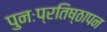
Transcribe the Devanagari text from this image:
पुनःप्रतिष्ठापन